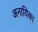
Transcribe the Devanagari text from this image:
अनायिका